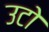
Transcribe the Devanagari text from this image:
उटो